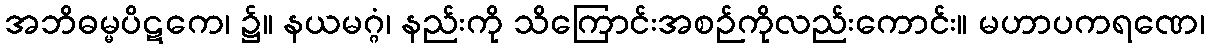
အဘိဓမ္မပိဋကေ၊ ၌။ နယမဂ္ဂံ၊ နည်းကို သိကြောင်းအစဉ်ကိုလည်းကောင်း။ မဟာပကရဏေ၊